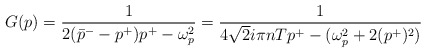
\begin{align*}G (p) = \frac{1}{2(\bar{p}^{-} - p^{+})p^{+} - \omega_{p}^{2}} =\frac{1}{4\sqrt{2}i\pi nTp^{+} - (\omega_{p}^{2} +2(p^{+})^{2})}\end{align*}